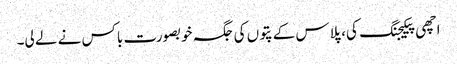
اچھی پیکیجنگ کی، پلاس کے پتوں کی جگہ خوبصورت باکس نے لے لی۔